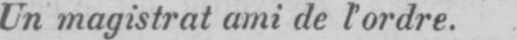
Un magistrat ami de l’ordre.